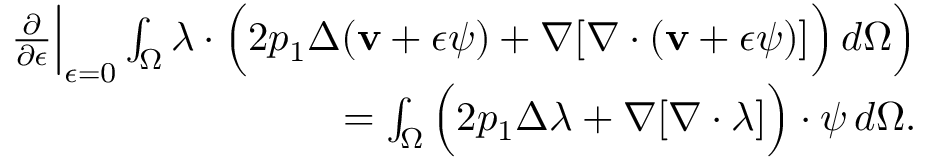
\begin{array} { r l r } & { } & { \frac { \partial } { \partial \epsilon } \Big \rvert _ { \epsilon = 0 } \int _ { \Omega } \boldsymbol { \lambda } \cdot \Big ( 2 p _ { 1 } \Delta ( \mathbf { v } + \epsilon \boldsymbol { \psi } ) + \nabla [ \nabla \cdot ( \mathbf { v } + \epsilon \boldsymbol { \psi } ) ] \Big ) \, d \Omega \Big ) } \\ & { } & { = \int _ { \Omega } \Big ( 2 p _ { 1 } \Delta \boldsymbol { \lambda } + \nabla [ \nabla \cdot \boldsymbol { \lambda } ] \Big ) \cdot \boldsymbol { \psi } \, d \Omega . } \end{array}